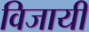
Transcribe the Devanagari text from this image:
विजायी